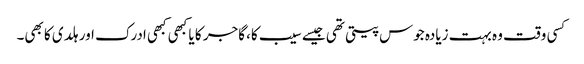
کسی وقت وہ بہت زیادہ جوس پیتی تھی جیسے سیب کا، گاجر کا یا کبھی کبھی ادرک اور ہلدی کا بھی۔